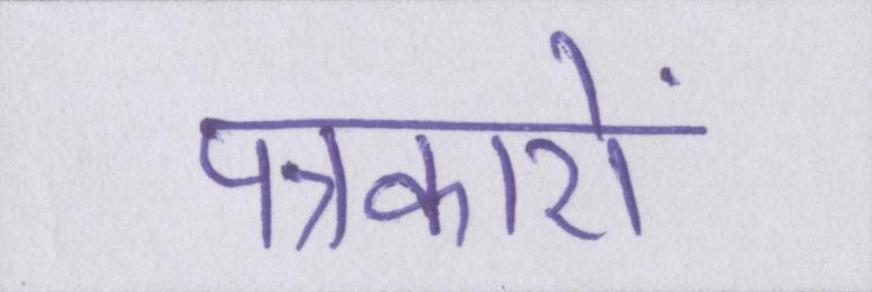
पत्रकारों